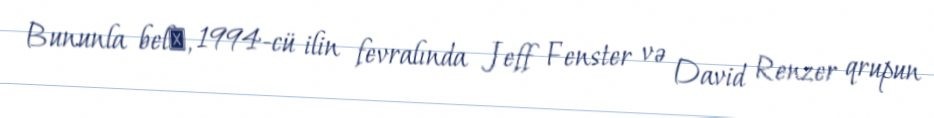
Bununla belә, 1994-cü ilin fevralında Jeff Fenster və David Renzer qrupun